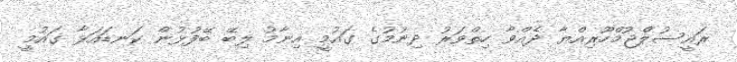
ރައީސުލްޖުމްހޫރިއްޔާ ދެއްވާ ހިތްވަރު ދިނުމުގެ ގައުމީ އިނާމު ލިބޭ ބޭފުޅުން ކަނޑައަޅާ ގައުމީ